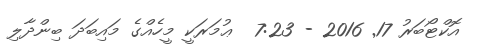
އޮކްޓޯބަރު 17